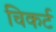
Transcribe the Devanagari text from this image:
चिकर्ट